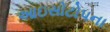
આઇસોટોપના